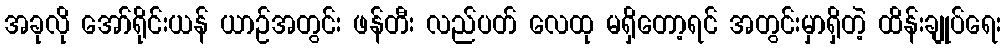
အခုလို အော်ရိုင်းယန် ယာဉ်အတွင်း ဖန်တီး လည်ပတ် လေထု မရှိတော့ရင် အတွင်းမှာရှိတဲ့ ထိန်းချုပ်ရေး